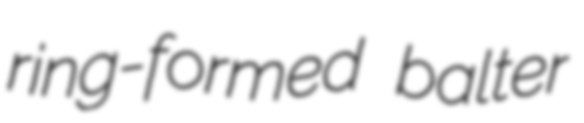
ring-formed balter